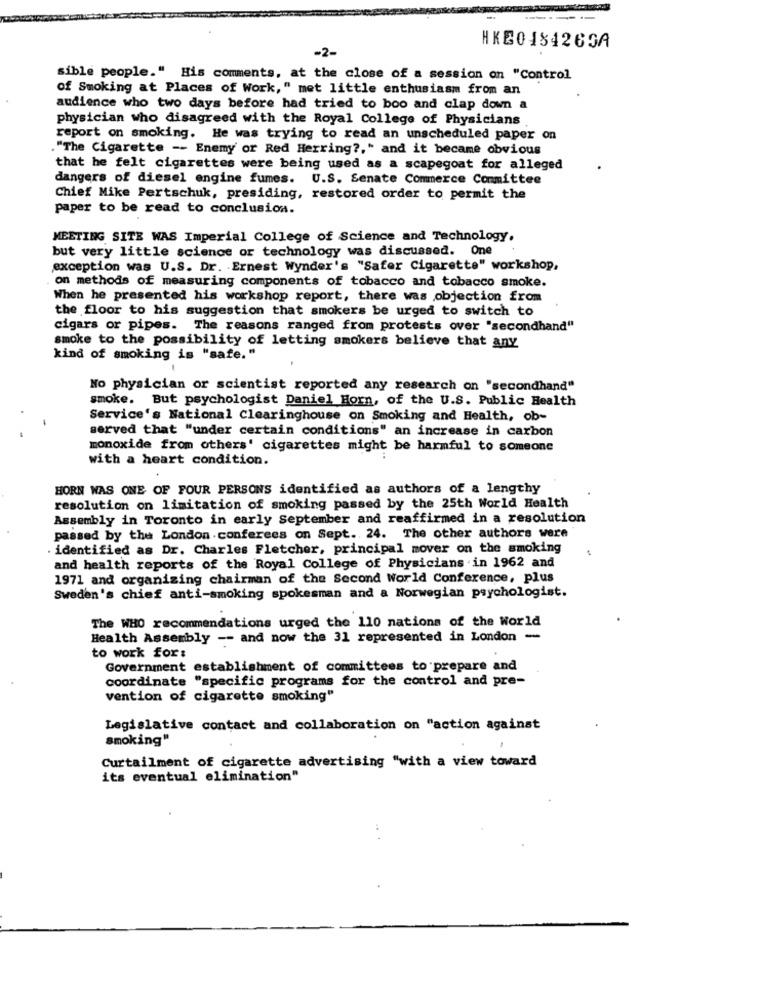
------
-2-
HKE0484269A
sible people." His comments, at the close of a session on "Control
of Smoking at Places of Work," met little enthusiasm from an
audience who two days before had tried to boo and clap down a
physician who disagreed with the Royal College of Physicians
report on smoking. He was trying to read an unscheduled paper on
"The Cigarette -- Enemy or Red Herring ?, " and it became obvious
that he felt cigarettes were being used as a scapegoat for alleged
dangers of diesel engine fumes. U.S. Senate Commerce Committee
Chief Mike Pertschuk, presiding, restored order to permit the
paper to be read to conclusion.
MEETING SITE WAS Imperial College of Science and Technology.
but very little science or technology was discussed. One
exception was U.S. Dr. Ernest wynder's "Safer Cigarette" workshop,
on methods of measuring components of tobacco and tobacco smoke.
When he presented his workshop report, there was objection from
the floor to his suggestion that smokers be urged to switch to
cigars or pipes. The reasons ranged from protests over "secondhand"
smoke to the possibility of letting smokers believe that any
kind of smoking is "safe."
No physician or scientist reported any research on "secondhand"
smoke. But psychologist Daniel Horn, of the U.S. Public Health
Service's National Clearinghouse on Smoking and Health, ob-
served that "under certain conditions" an increase in carbon
monoxide from others' cigarettes might be harmful to someone
with a heart condition.
HORN WAS ONE OF FOUR PERSONS identified as authors of a lengthy
resolution on limitation of smoking passed by the 25th World Health
Assembly in Toronto in early September and reaffirmed in a resolution
passed by the London . conferees on Sept. 24. The other authors were
identified as Dr. Charles Fletcher, principal mover on the smoking
and health reports of the Royal College of Physicians in 1962 and
1971 and organizing chairman of the Second World Conference, plus
Sweden's chief anti-smoking spokesman and a Norwegian psychologist.
The WHO recommendations urged the 110 nations of the World
Health Assembly -- and now the 31 represented in London -
to work for:
Government establishment of committees to prepare and
coordinate "specific programs for the control and pre-
vention of cigarette smoking"
Legislative contact and collaboration on "action against
smoking"
Curtailment of cigarette advertising "with a view toward
its eventual elimination"